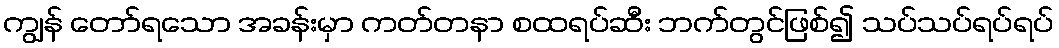
ကျွန် တော်ရသော အခန်းမှာ ကတ်တနာ စထရပ်ဆီး ဘက်တွင်ဖြစ်၍ သပ်သပ်ရပ်ရပ်